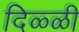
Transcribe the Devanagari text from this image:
दिळ्ळी